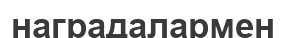
наградалармен